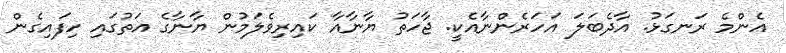
އެންމެ ރަނގަޅު. އާދެބަލަ އަހަރެންނާއެކީ. ޖާހަތު ޔާނާއާ ކައިރިވެލަމުން ޔާނާގެ އަތުގައި ހިފައިގެން